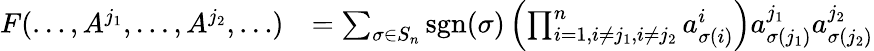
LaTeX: {\begin{array}{rl}{F(\dots,A^{j_{1}},\dots,A^{j_{2}},\dots)}&{=\sum_{\sigma\in S_{n}}\operatorname{sgn}(\sigma)\left(\prod_{i=1,i\neq j_{1},i\neq j_{2}}^{n}a_{\sigma(i)}^{i}\right)a_{\sigma(j_{1})}^{j_{1}}a_{\sigma(j_{2})}^{j_{2}}}\end{array}}